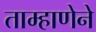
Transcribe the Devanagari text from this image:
ताम्हाणेने